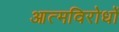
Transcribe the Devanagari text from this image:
आत्मविरोधों